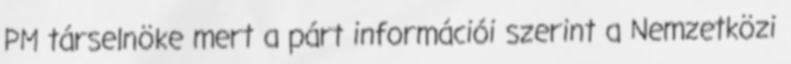
PM társelnöke mert a párt információi szerint a Nemzetközi